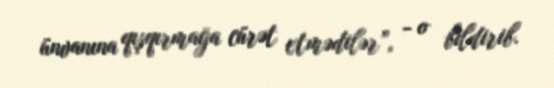
ünvanına qışqırmağa cürət etmədilər”, - o bildirib.